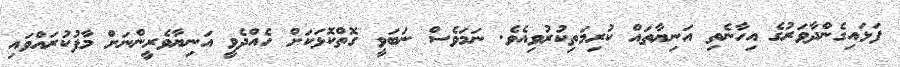
ފަޅައިގެންދާވަރުގެ އިހާނެތި އަނިޔާތައް ކުރިމަތިކުރުވިއެވެ. ނަމަވެސް ނަބަވީ ގޮތްކޮޅަކަށް ހެއްދެވީ އަނިޔާވެރީންނަށް މާފުކުރައްވައި